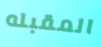
المقبله